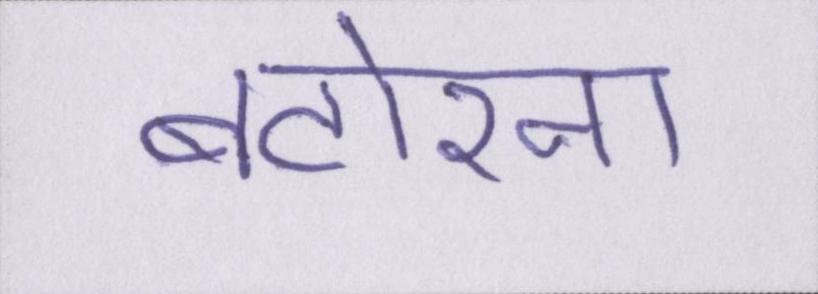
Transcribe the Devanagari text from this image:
बटोरना